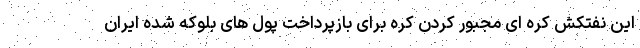
این نفتکش کره ای مجبور کردن کره برای بازپرداخت پول های بلوکه شده ایران